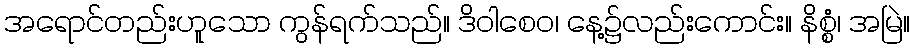
အရောင်တည်းဟူသော ကွန်ရက်သည်။ ဒိဝါစေဝ၊ နေ့၌လည်းကောင်း။ နိစ္စံ၊ အမြဲ။